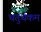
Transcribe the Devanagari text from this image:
चतुर्थकम